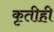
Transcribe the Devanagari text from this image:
कृतीही